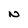
Character: N